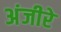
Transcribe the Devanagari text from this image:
अंजीरे